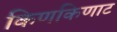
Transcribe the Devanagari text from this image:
किणकिणाट